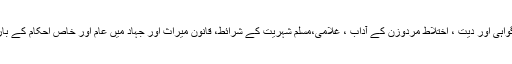
مثال کے طور پر ذریت ابراہیم کی دعوت ، ارتداد کی سزا، عورت کی گواہی اور دیت ، اختلاط مردوزن کے آداب ، غلامی،مسلم شہریت کے شرائط، قانون میراث اور جہاد میں عام اور خاص احکام کے بارے میں ان کی آرا قارئین کو کچھ نئے پہلوؤں کی طرف توجہ دلاتی ہیں۔